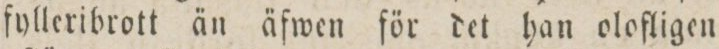
fylleribrott än äfwen för det han olofligen